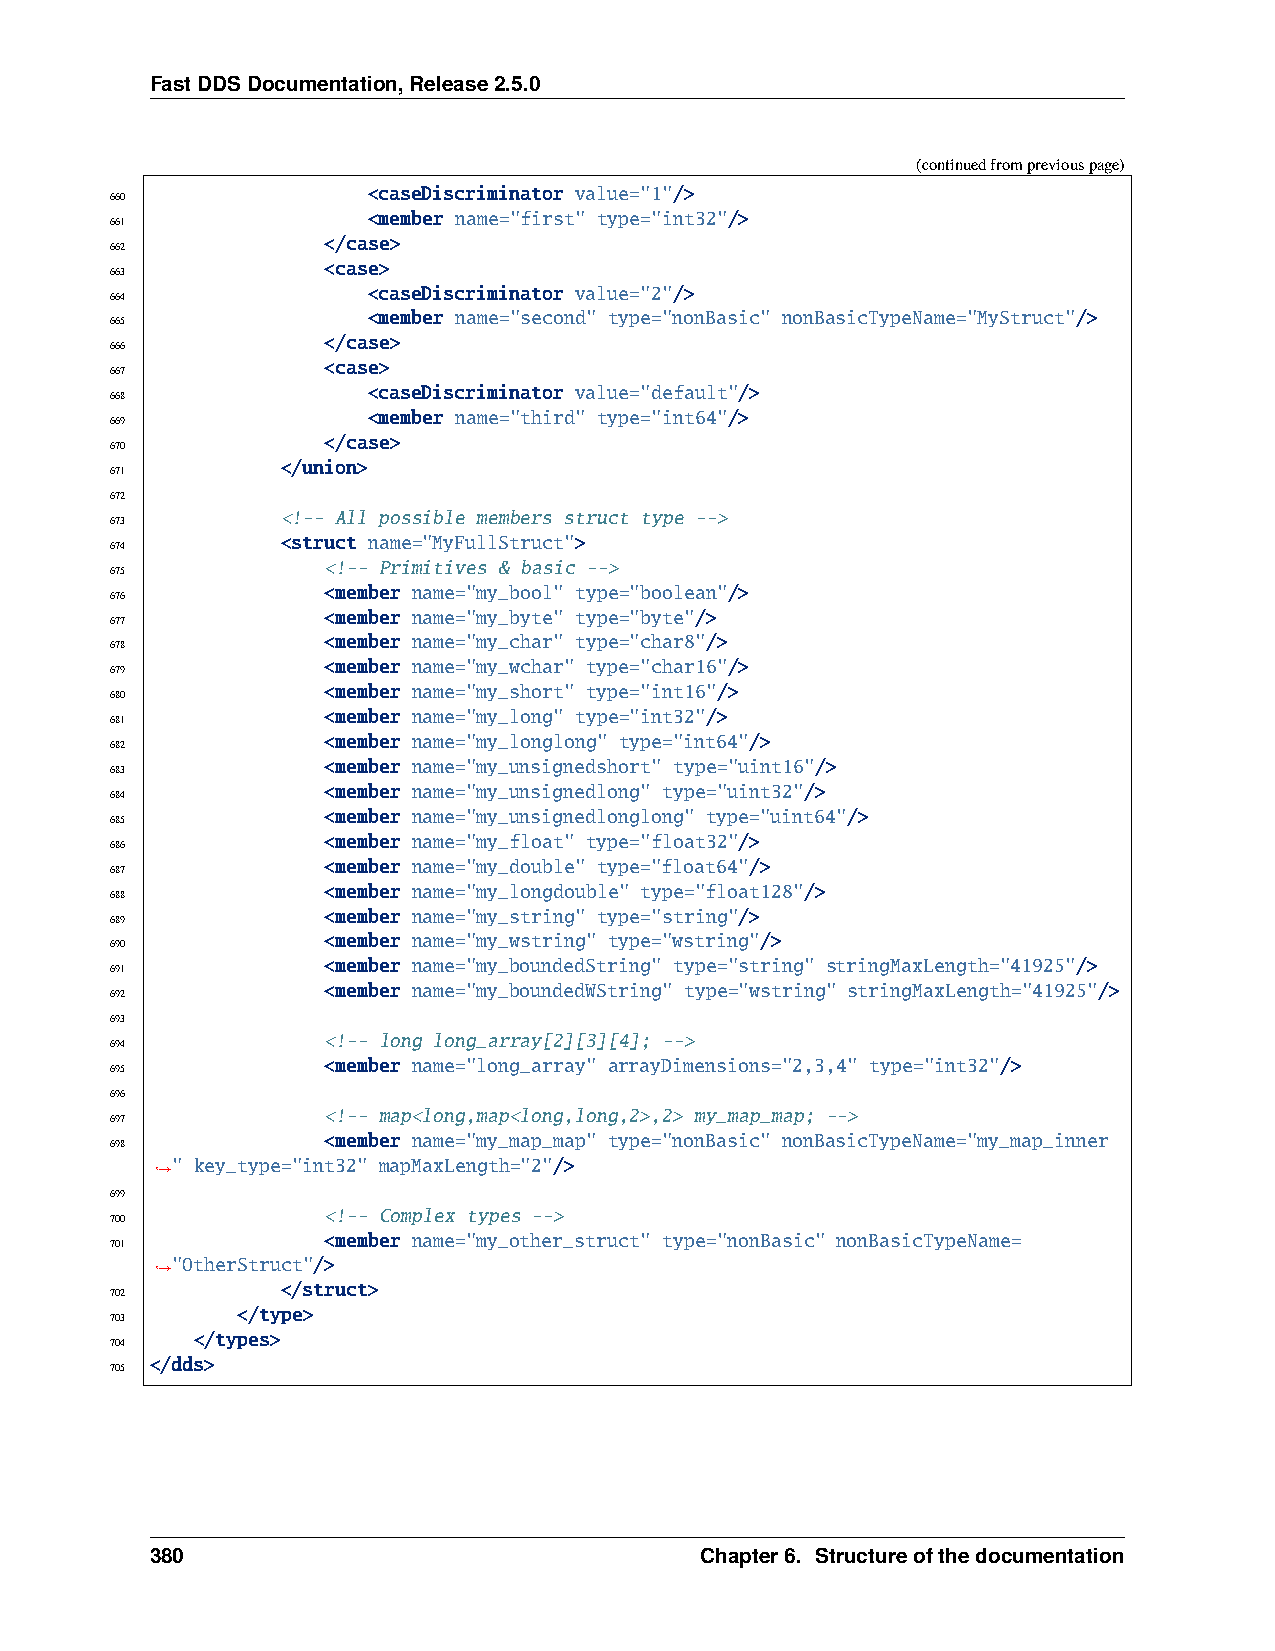
FastDDSDocumentation,Release2.5.0
 (continuedfrompreviouspage)
 <caseDiscriminator value="1"/>
 660
 <member name="first" type="int32"/>
 661
 </case>
 662
 <case>
 663
 <caseDiscriminator value="2"/>
 664
 <member name="second" type="nonBasic" nonBasicTypeName="MyStruct"/>
 665
 </case>
 666
 <case>
 667
 <caseDiscriminator value="default"/>
 668
 <member name="third" type="int64"/>
 669
 </case>
 670
 </union>
 671
 672
 <!-- All possible members struct type -->
 673
 <struct name="MyFullStruct">
 674
 <!-- Primitives & basic -->
 675
 <member name="my_bool" type="boolean"/>
 676
 <member name="my_byte" type="byte"/>
 677
 <member name="my_char" type="char8"/>
 678
 <member name="my_wchar" type="char16"/>
 679
 <member name="my_short" type="int16"/>
 680
 <member name="my_long" type="int32"/>
 681
 <member name="my_longlong" type="int64"/>
 682
 <member name="my_unsignedshort" type="uint16"/>
 683
 <member name="my_unsignedlong" type="uint32"/>
 684
 <member name="my_unsignedlonglong" type="uint64"/>
 685
 <member name="my_float" type="float32"/>
 686
 <member name="my_double" type="float64"/>
 687
 <member name="my_longdouble" type="float128"/>
 688
 <member name="my_string" type="string"/>
 689
 <member name="my_wstring" type="wstring"/>
 690
 <member name="my_boundedString" type="string" stringMaxLength="41925"/>
 691
 <member name="my_boundedWString" type="wstring" stringMaxLength="41925"/>
 692
 693
 <!-- long long_array[2][3][4]; -->
 694
 <member name="long_array" arrayDimensions="2,3,4" type="int32"/>
 695
 696
 <!-- map<long,map<long,long,2>,2> my_map_map; -->
 697
 <member name="my_map_map" type="nonBasic" nonBasicTypeName="my_map_inner
 698
 " key_type="int32" mapMaxLength="2"/>
 ˓→
 699
 <!-- Complex types -->
 700
 <member name="my_other_struct" type="nonBasic" nonBasicTypeName=
 701
 "OtherStruct"/>
 ˓→
 </struct>
 702
 </type>
 703
 </types>
 704
 </dds>
 705
 380                                 Chapter6. Structureofthedocumentation